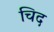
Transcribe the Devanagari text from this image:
चिद